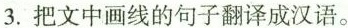
3,把文中画线的句子翻译成汉语.